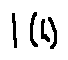
l ( h )